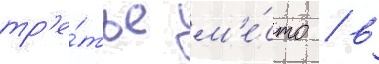
тр'е́тье м'е́сто / в